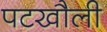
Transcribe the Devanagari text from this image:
पटखौली